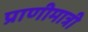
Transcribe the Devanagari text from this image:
प्राणीमात्री